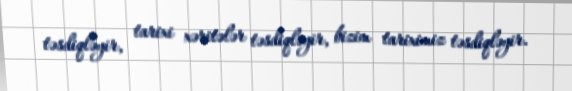
təsdiqləyir, tarixi xəritələr təsdiqləyir, bizim tariximiz təsdiqləyir.